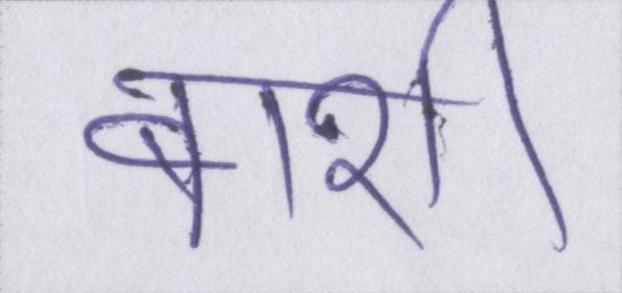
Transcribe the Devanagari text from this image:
बाशी